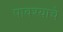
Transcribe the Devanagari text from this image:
पावश्याचे